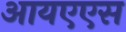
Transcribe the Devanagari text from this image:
आयएएस